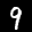
Label: 9